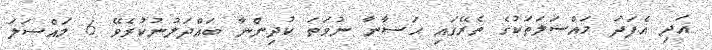
އަދި އެފަދަ މައްސަލަތަކުގެ ތެރޭގައި ޙަޟާނާ ނުވަތަ ކުދިންނާ ބައްދަލުނުކުރެވޭ 6 މައްސަލަ